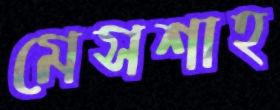
মেসশাহ